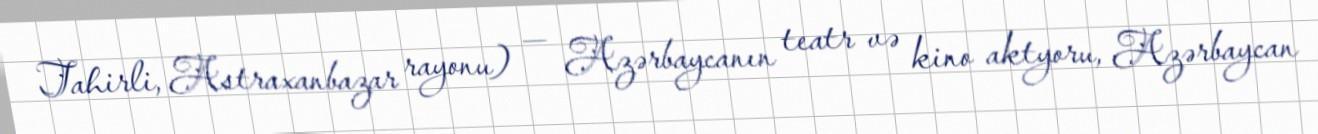
Tahirli, Astraxanbazar rayonu) — Azərbaycanın teatr və kino aktyoru, Azərbaycan